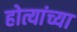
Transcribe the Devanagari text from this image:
होत्यांच्या